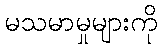
မသမာမှုများကို